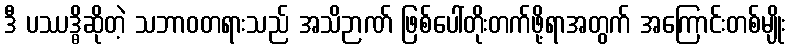
ဒီ ပဿဒ္ဓိဆိုတဲ့ သဘာဝတရားသည် အသိဉာဏ် ဖြစ်ပေါ်တိုးတက်ဖို့ရာအတွက် အကြောင်းတစ်မျိုး